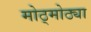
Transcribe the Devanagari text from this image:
मोठ्मोठ्या